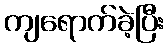
ကျရောက်ခဲ့ပြီး